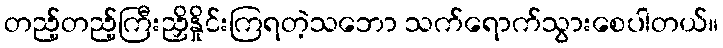
တည့်တည့်ကြီးညှိနှိုင်းကြရတဲ့သဘော သက်ရောက်သွားစေပါတယ်။